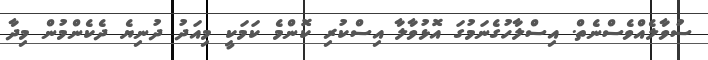
ސުވާލެއްވެސްނެތް. އިސްލާހުގެނަމުގަ އޮޅުވާލާ އިސްކުރި ކޮންމެ ކަމަކީ މިއަދު ދުނިޔެ ދެކެންމުން މިދާ